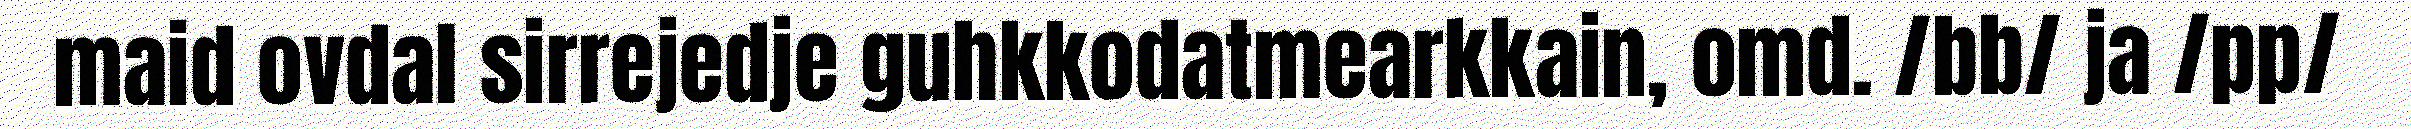
maid ovdal sirrejedje guhkkodatmearkkain, omd. /bb/ ja /pp/